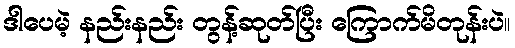
ဒါပေမဲ့ နည်းနည်း တွန့်ဆုတ်ပြီး ကြောက်မိတုန်းပဲ။